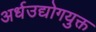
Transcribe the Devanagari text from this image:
अर्धउद्योगयुक्त